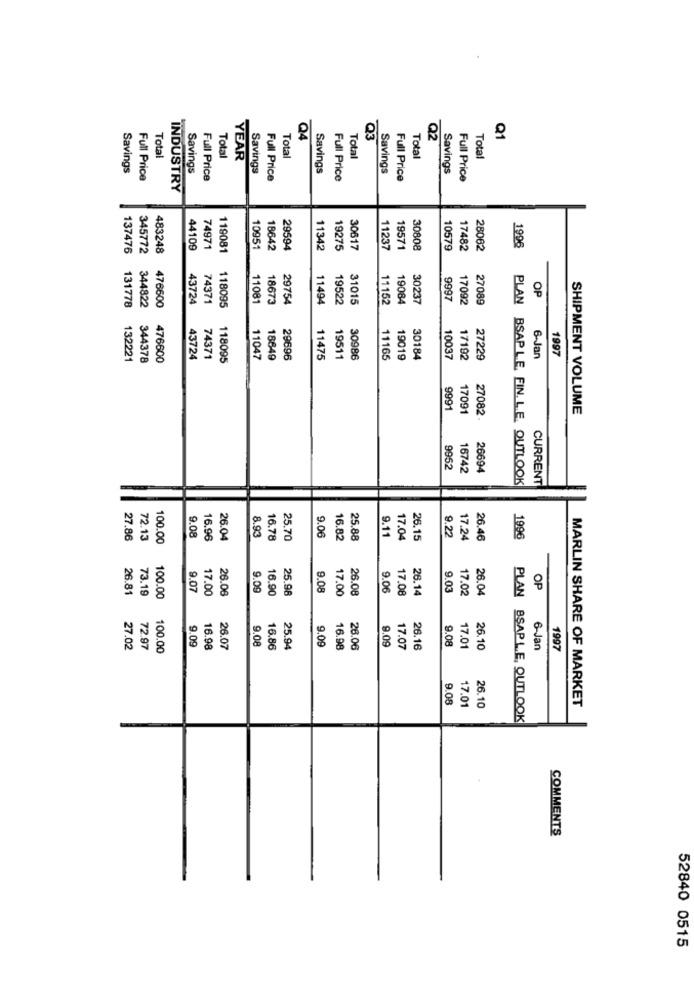
Q1
Q4
Q3
Q2
Total
Total
YEAR
Total
Total
Total
Total
Savings
Savings
Savings
Savings
Savings
Savings
Full Price
Full Price
Full Price
Full Price
Full Price
Full Price
INDUSTRY
137476
345772
483248
44109
74971
119081
10951
18642
29594
11342
19275
30617
11237
19571
30808
10579
17482
28062
1996
OP
43724
74371
11081
18673
29754
11494
19522
31015
11152
19084
30237
9997
17092
27089
PLAN
131778
344822
476600
118095
1997
132221
344378
476600
43724
74371
118095
11047
18649
29696
11475
19511
30986
11165
19019
30184
10037
17192
27229
6-Jan
9991
17091
SHIPMENT VOLUME
27082.
9952
16742
26694
BSAP LE. FIN. L.E. OUTLOOK
CURRENT
8.93
9.11
27.86
72.13
100.00
9.08
16.96
26.04
16.78
25.70
9.06
16.82
25.88
17.04
26.15
9.22
17.24
26.46
1996
73.19
9.07
17.00
26.06
9.09
16.90
25.98
9.08
17.00
26.08
9.06
17.08
26.14
9.03
17.02
26.04
OP
26.81
100.00
PLAN
9.09
9.08
9.09
9.08
27.02
72.97
100.00
16.98
26.07
16.86
25.94
9.09
16.98
26.06
17.07
26.16
17.01
26.10
6-Jan
1997
9.08
17.01
MARLIN SHARE OF MARKET
26.10
BSAP L.E. OUTLOOK
COMMENTS
52840 0515